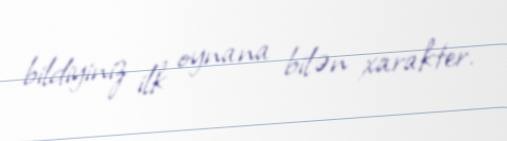
bildiyiniz ilk oynana bilən xarakter.